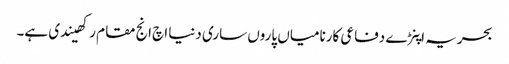
بحریہ اپنڑے دفاعی کارنامیاں پاروں ساری دنیا اچ انج مقام رکھیندی ہے۔